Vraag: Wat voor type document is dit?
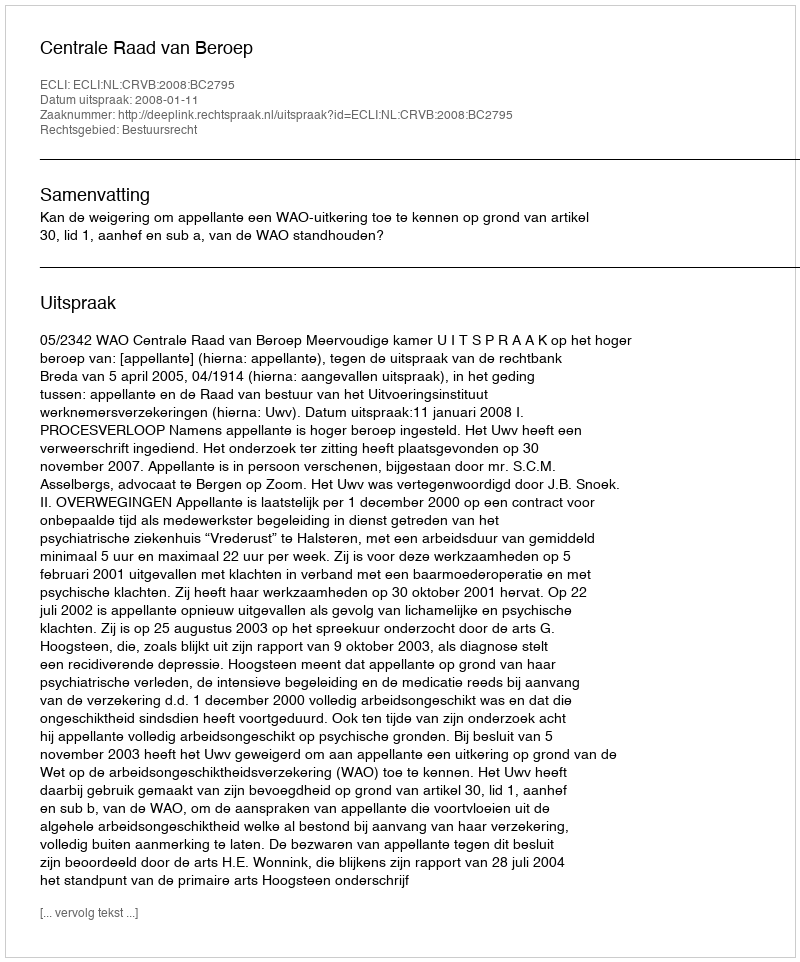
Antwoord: Uitspraak